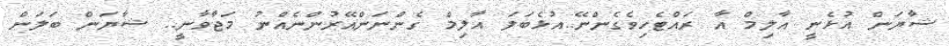
ޝާޔަން އުޅެނީ އާލިމް އާ ރައްޓެހިވެގެންނޭ..އުޅެބަލަ އާލިމް ގެންނަންއޭރުންނެއްނު މަޖާވާނީ.. ޝާޔަން ބަލަން